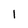
Character: 1